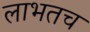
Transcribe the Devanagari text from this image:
लाभतच